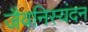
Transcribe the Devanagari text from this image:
जैवनिस्यंदन